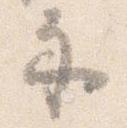
示